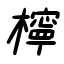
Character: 檸